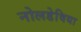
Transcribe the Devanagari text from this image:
नोलडेविया